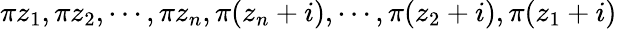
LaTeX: \pi z_{1},\pi z_{2},\cdots,\pi z_{n},\pi(z_{n}+i),\cdots,\pi(z_{2}+i),\pi(z_{1}+i)